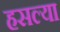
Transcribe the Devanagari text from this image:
हसल्या